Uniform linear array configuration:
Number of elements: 64
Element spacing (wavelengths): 0.5
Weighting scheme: blackman
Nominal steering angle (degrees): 30
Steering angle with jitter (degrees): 30.574
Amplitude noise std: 0.05
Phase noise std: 0.05

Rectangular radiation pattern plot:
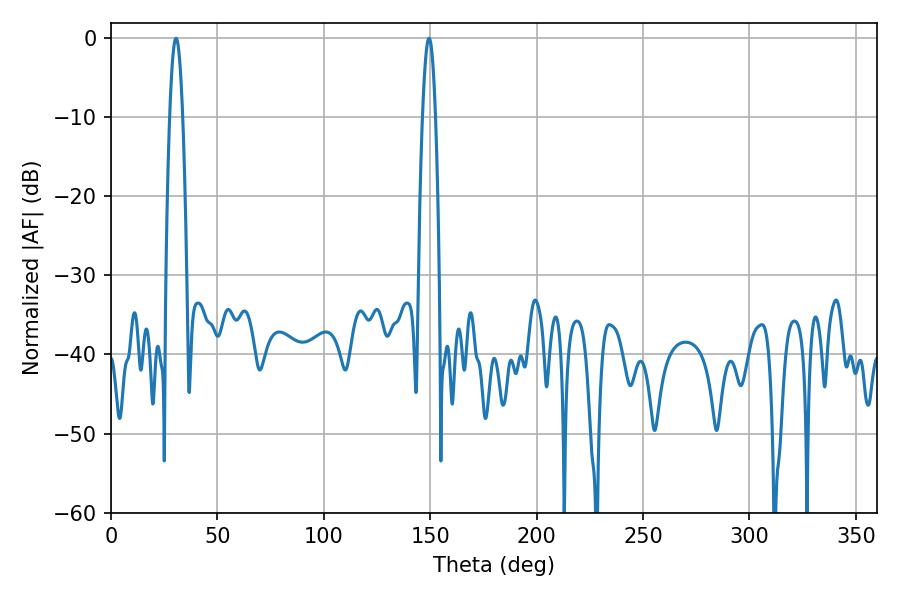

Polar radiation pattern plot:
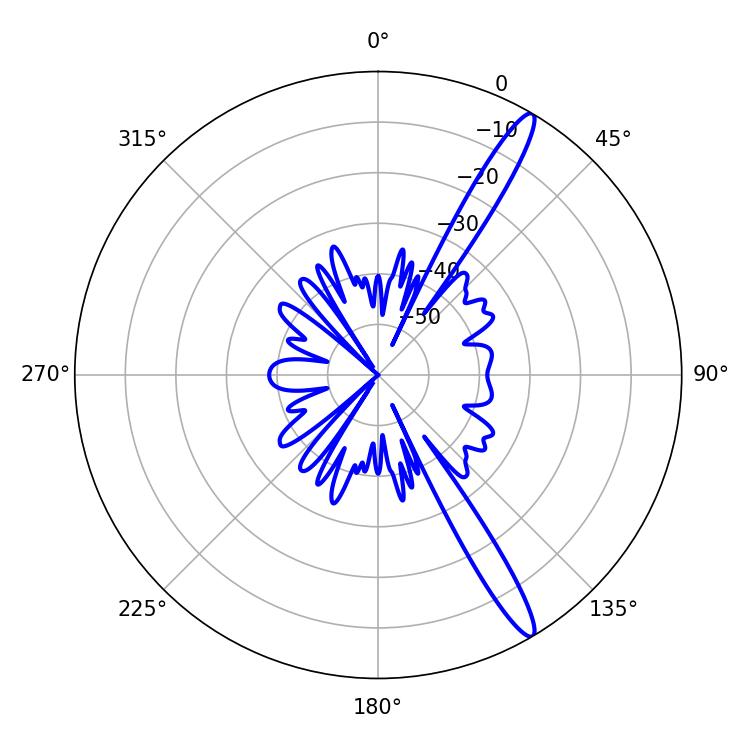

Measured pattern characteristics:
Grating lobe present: FALSE
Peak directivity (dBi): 14.887
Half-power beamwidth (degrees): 3.24
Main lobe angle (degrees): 30.6